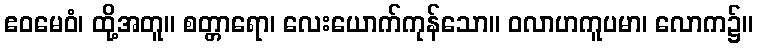
ဧဝမေဝံ၊ ထို့အတူ။ စတ္တာရော၊ လေးယောက်ကုန်သော။ ဝလာဟကူပမာ၊ လောက၌။